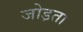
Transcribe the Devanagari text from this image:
जोड़ता